Report on vaccination North-West Frontier Province 1904-1922 - 1904-1922
Year: 1904
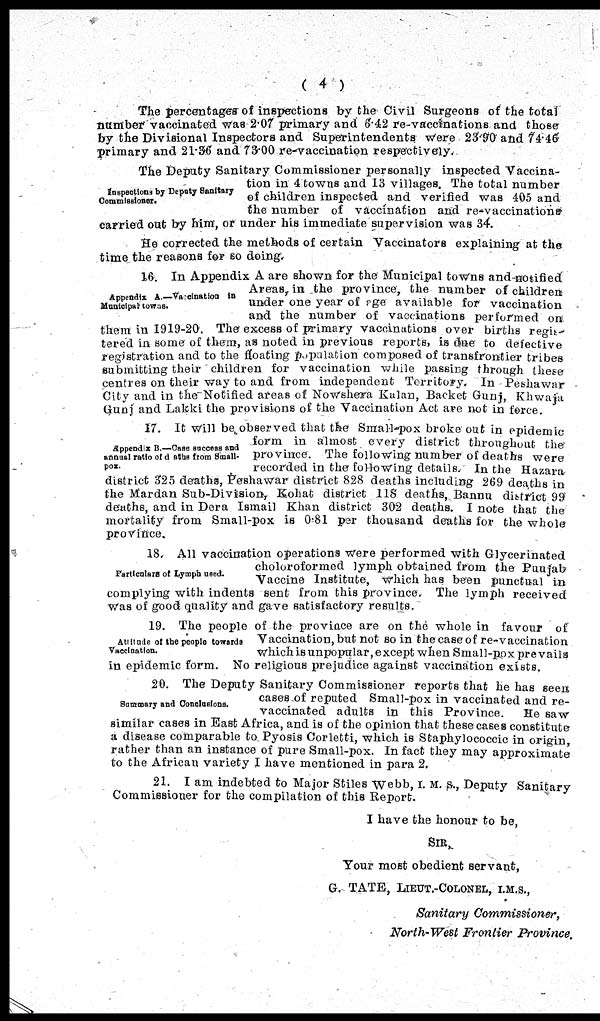
( 4 )
The percentages of inspections by the Civil Surgeons of the total
number vaccinated was 2.07 primary and 6.42 re-vaccinations and those
by the Divisional Inspectors and Superintendents were 23.90 and 74.46
primary and 21.36 and 73.00 re-vaccination respectively.
Inspections by Deputy Sanitary
Commissioner.
The Deputy Sanitary Commissioner personally inspected Vaccina-
tion in 4 towns and 13 villages. The total number
of children inspected and verified was 405 and
the number of vaccination and re-vaccinations
carried out by him, or under his immediate supervision was 34.
He corrected the methods of certain Vaccinators explaining at the
time the reasons for so doing.
Appendix A.—Vaccination in
Municipal towns.
16. In Appendix A are shown for the Municipal towns and notified
Areas, in the province, the number of children
under one year of age available for vaccination
and the number of vaccinations performed on
them in 1919-20. The excess of primary vaccinations over births regis¬
tered in some of them, as noted in previous reports, is due to defective
registration and to the floating population composed of transfrontier tribes
submitting their children for vaccination while passing through these
centres on their way to and from independent Territory. In Peshawar
City and in the Notified areas of Nowshera, Kalan, Backet Gunj, Khwaja
Gunj and Lakki the provisions of the Vaccination Act are not in force.
Appendix B.—Case success and
annual ratio of deaths from Small-
pox.
17. It will be observed that the Small-pox broke out in epidemic
form in almost every district throughout the
province. The following number of deaths were
recorded in the following details. In the Hazara
district 325 deaths, Peshawar district 828 deaths including 269 deaths in
the Mardan Sub-Division, Kohat district 118 deaths, Bannu district 99
deaths, and in Dera Ismail Khan district 302 deaths. I note that the
mortality from Small-pox is 0.81 per thousand deaths for the whole
province.
Particulars of Lymph used.
18. All vaccination operations were performed with Glycerinated
choloroformed lymph obtained from the Punjab
Vaccine Institute, which has been punctual in
complying with indents sent from this province. The lymph received
was of good quality and gave satisfactory results.
Attitude of the people towards
Vaccination.
19. The people of the province are on the whole in favour of
Vaccination, but not so in the case of re-vaccination
which is unpopular, except when Small-pox prevails
in epidemic form. No religious prejudice against vaccination exists.
Summary and Conclusions.
20. The Deputy Sanitary Commissioner reports that he has seen
cases of reputed Small-pox in vaccinated and re-
vaccinated adults in this Province.
He saw
similar cases in East Africa, and is of the opinion that these cases constitute
a disease comparable to Pyosis Corletti, which is Staphylococcic in origin,
rather than an instance of pure Small-pox. In fact they may approximate
to the African variety I have mentioned in para 2.
21. I am indebted to Major Stiles Webb, I. M. S., Deputy Sanitary
Commissioner for the compilation of this Report.
I have the honour to be,
SIR,
Your most obedient servant,
G. TATE, LIEUT.-COLONEL, I.M.S.,
Sanitary
Commissioner,
North-West Frontier Province.